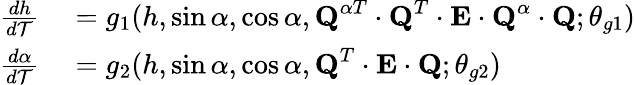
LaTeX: \begin{array}{rl}{\frac{dh}{d\mathcal{T}}}&{{}=g_{1}(h,\sin\alpha,\cos\alpha,\textbf{Q}^{\alpha T}\cdot\textbf{Q}^{T}\cdot\textbf{E}\cdot\textbf{Q}^{\alpha}\cdot\textbf{Q};\theta_{g1})}\\ {\frac{d\alpha}{d\mathcal{T}}}&{{}=g_{2}(h,\sin\alpha,\cos\alpha,\textbf{Q}^{T}\cdot\textbf{E}\cdot\textbf{Q};\theta_{g2})}\end{array}